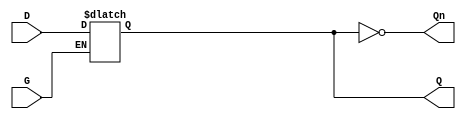
module GatedDLatch (
    input wire D,    // Data input
    input wire G,    // Gate/Enable input
    output reg Q,    // Output
    output wire Qn   // Complement of Output
);

    assign Qn = ~Q; // Complement of Q

    always @ (G or D) begin
        if (G) begin
            Q <= D; // Capture D when G is high
        end
        // When G is low, Q retains its previous value
    end

endmodule